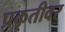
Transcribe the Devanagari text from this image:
प्रकृतीवर